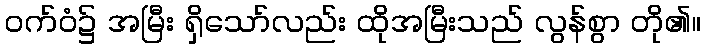
ဝက်ဝံ၌ အမြီး ရှိသော်လည်း ထိုအမြီးသည် လွန်စွာ တို၏။